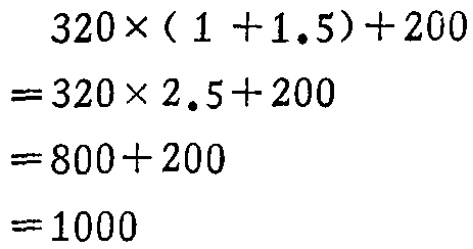
\[
\begin{align*}
&320\times(1 + 1.5)+200\\
=&320\times2.5+200\\
=&800 + 200\\
=&1000
\end{align*}
\]